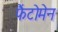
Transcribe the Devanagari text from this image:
फैंटोमेन